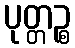
ပုတ္တဉ္စ